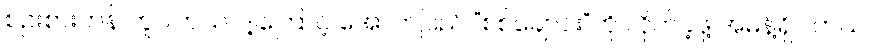
စဉ်းစားဟန် တူပါတယ်၊ ဒါ့ကြောင့် အောက်ပြည် “စစ်ချောင်း”ကို လိုက်ခဲ့ဖို့ အမိန့်ရှိပါတယ်၊